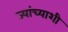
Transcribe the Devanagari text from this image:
ज्यांच्याशी